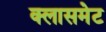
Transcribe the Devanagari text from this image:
क्लासमेट